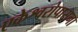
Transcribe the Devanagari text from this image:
एकेश्वरोपासना